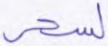
لسحر